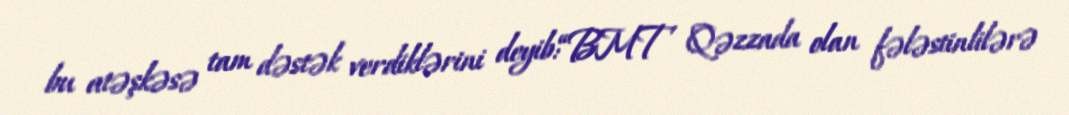
bu atəşkəsə tam dəstək verdiklərini deyib:“BMT Qəzzada olan fələstinlilərə